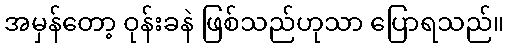
အမှန်တော့ ဝုန်းခနဲ ဖြစ်သည်ဟုသာ ပြောရသည်။